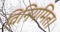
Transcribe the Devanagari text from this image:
विनियमित।